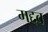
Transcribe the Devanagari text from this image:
मद्दव